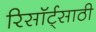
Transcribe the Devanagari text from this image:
रिसॉर्ट्‌साठी